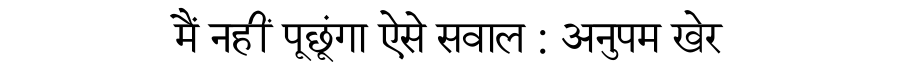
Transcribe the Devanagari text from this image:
मैं नहीं पूछूंगा ऐसे सवाल : अनुपम खेर